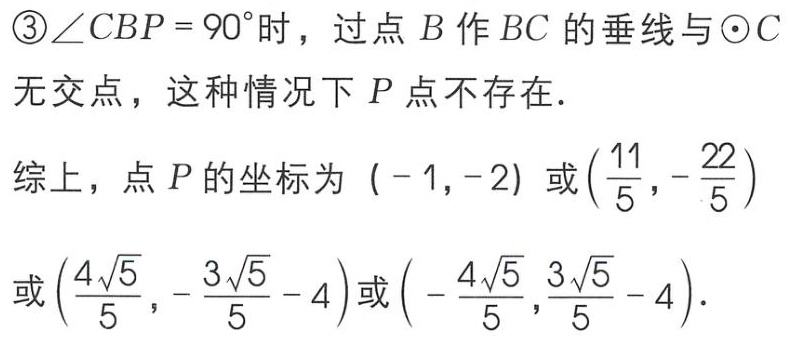
\textcircled{3}$\angle CBP = 90^{\circ}$时，过点$B$作$BC$的垂线与$\odot C$无交点，这种情况下$P$点不存在.

综上，点$P$的坐标为$(-1,-2)$或$\left(\frac{11}{5},-\frac{22}{5}\right)$或$\left(\frac{4\sqrt{5}}{5},-\frac{3\sqrt{5}}{5}-4\right)$或$\left(-\frac{4\sqrt{5}}{5},\frac{3\sqrt{5}}{5}-4\right)$.